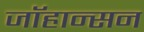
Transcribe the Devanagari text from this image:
जाॅहान्सन